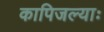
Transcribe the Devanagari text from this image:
कापिजल्याः